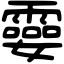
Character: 孁